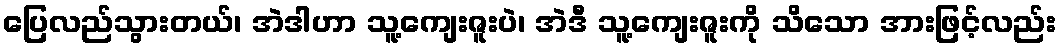
ပြေလည်သွားတယ်၊ အဲဒါဟာ သူ့ကျေးဇူးပဲ၊ အဲဒီ သူ့ကျေးဇူးကို သိသော အားဖြင့်လည်း